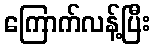
ကြောက်လန့်ပြီး